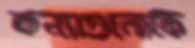
কন্যাগুলোকে